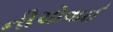
નીચોવાઈ